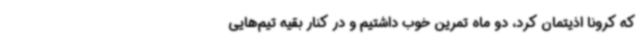
که کرونا اذیتمان کرد، دو ماه تمرین خوب داشتیم و در کنار بقیه تیم‌هایی